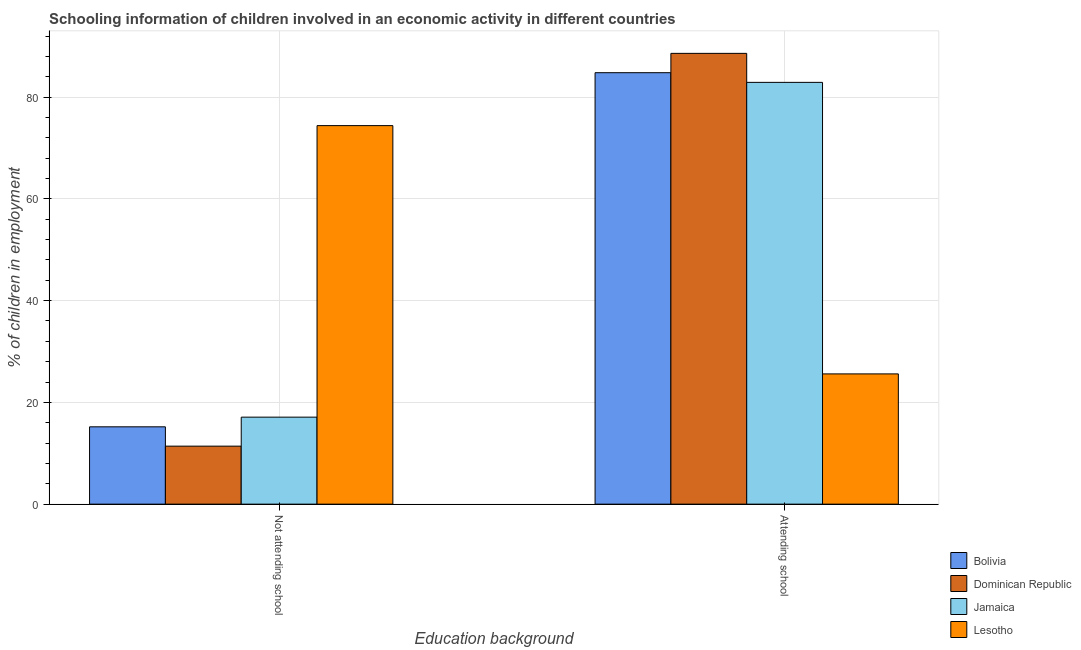
| Education background | Bolivia | Dominican Republic | Jamaica | Lesotho |
 | --- | --- | --- | --- | --- |
 | Not attending school | 15.2 | 11.4 | 17.1 | 74.4 |
 | Attending school | 84.8 | 88.6 | 82.9 | 25.6 |